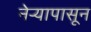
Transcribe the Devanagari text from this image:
नेऱ्यापासून